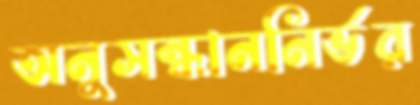
অনুসন্ধাননির্ভর